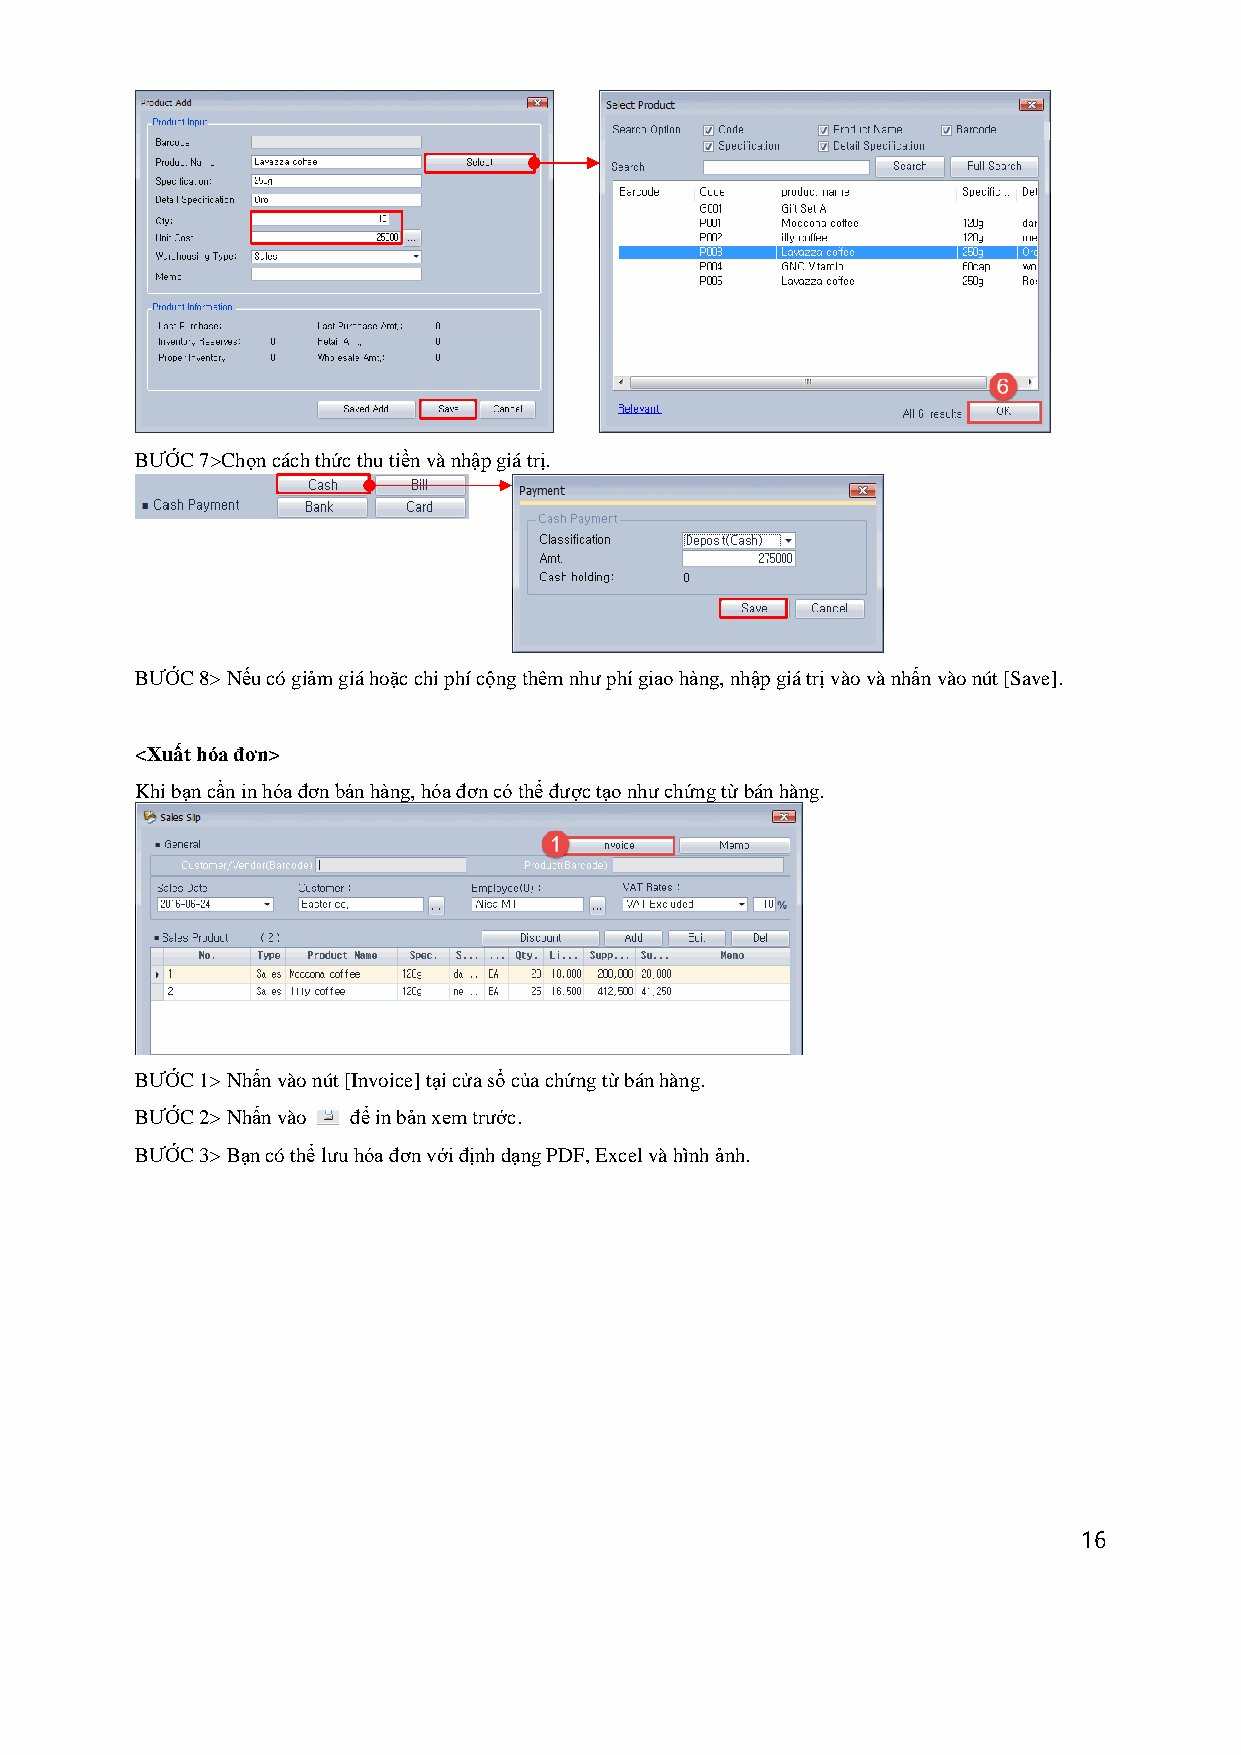
BƯỚC 7>Chọn cách thức thu tiền và nhập giá trị.
 BƯỚC 8> Nếu có giảm giá hoặc chi phí cộng thêm như phí giao hàng, nhập giá trị vào và nhấn vào nút [Save].
 <Xuất hóa đơn>
 Khi bạn cần in hóa đơn bán hàng, hóa đơn có thể được tạo như chứng từ bán hàng.
 BƯỚC 1> Nhấn vào nút [Invoice] tại cửa sổ của chứng từ bán hàng.
 BƯỚC 2> Nhấn vào để in bản xem trước.
 BƯỚC 3> Bạn có thể lưu hóa đơn với định dạng PDF, Excel và hình ảnh.
 16